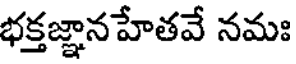
భక్తజ్ఞాన హేతవే నమః